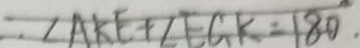
\angle A K E + \angle E G K = 1 8 0 ^ { \circ } .